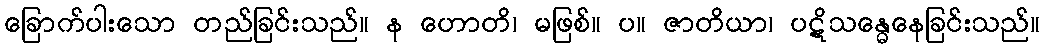
ခြောက်ပါးသော တည်ခြင်းသည်။ န ဟောတိ၊ မဖြစ်။ ပ။ ဇာတိယာ၊ ပဋိသန္ဓေနေခြင်းသည်။